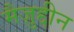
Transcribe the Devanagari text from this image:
मैज़ुद्दीन